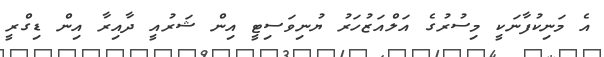
އެ މަނިކުފާނަކީ މިސުރުގެ އަލްއަޒުހަރު ޔުނިވަސިޓީ އިން ޝަރުއީ ދާއިރާ އިން ޑިގްރީ